Report of the Indian Hemp Drugs Commission, 1894-1895 - Volume V
Year: 1894
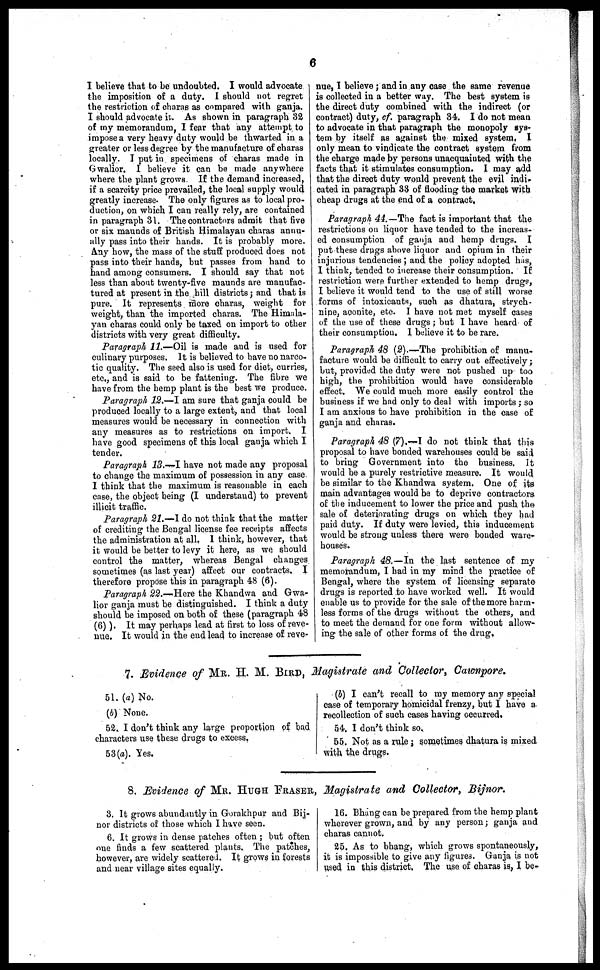
6
I believe that to be undoubted. I would advocate
the imposition of a duty. I should not regret
the restriction of charas as compared with ganja.
I should advocate it. As shown in paragraph 32
of my memorandum, I fear that any attempt to
impose a very heavy duty would be thwarted in a
greater or less degree by the manufacture of charas
locally. J put in specimens of charas made in
Gwalior. I believe it can be made anywhere
where the plant grows. If the demand increased,
if a scarcity price prevailed, the local supply would
greatly increase. The only figures as to local pro-
duction, on which I can really rely, are contained
in paragraph 31. The contractors admit that five
or six maunds of British Himalayan charas annu-
ally pass into their hands. It is probably more.
Any how, the mass of the stuff produced does not
pass into their hands, but passes from hand to
hand among consumers. I should say that not
less than about twenty-five maunds are manufac-
tured at present in the hill districts; and that is
pure. It represents more charas, weight for
weight, than the imported charas. The Himala-
yan charas could only be taxed on import to other
districts with very great difficulty.
Paragraph 11.—Oil is made and is used for
culinary purposes. It is believed to have no narco-
tic quality. The seed also is used for diet, curries,
etc., and is said to be fattening. The fibre we
have from the hemp plant is the best we produce.
Paragraph 12.—I am sure that ganja could be
produced locally to a large extent, and that local
measures would be necessary in connection with
any measures as to restrictions on import. I
have good specimens of this local ganja which I
tender.
Paragraph 13.—I have not made any proposal
to change the maximum of possession in any case.
I think that the maximum is reasonable in each
case, the object being (I understand) to prevent
illicit traffic.
Paragraph 21.—I do not think that the matter
of crediting the Bengal license fee receipts affects
the administration at all. I think, however, that
it would be better to levy it here, as we should
control the matter, whereas Bengal changes
sometimes (as last year) affect our contracts. I
therefore propose this in paragraph 48 (6).
Paragraph 22.-Here the Khandwa and Gwa-
lior ganja must be distinguished. I think a duty
should be imposed on both of these (paragraph 48
(6)). It may perhaps lead at first to loss of reve-
nue. It would in the end lead to increase of reve-
nue, I believe; and in any case the same revenue
is collected in a better way. The best system is
the direct duty combined with the indirect (or
contract) duty, cf. paragraph 34. I do not mean
to advocate in that paragraph the monopoly sys-
tem by itself as against the mixed system. I
only mean to vindicate the contract system from
the charge made by persons unacquainted with the
facts that it stimulates consumption. I may add
that the direct duty would prevent the evil indi-
cated in paragraph 33 of flooding the market with
cheap drugs at the end of a contract,
Paragraph 44.—The fact is important that the
restrictions on liquor have tended to the increas-
ed consumption of ganja and hemp drugs. I
put these drugs above liquor and opium in their
injurious tendencies; and the policy adopted has,
I think, tended to increase their consumption. If
restriction were further extended to hemp drugs,
I believe it would tend to the use of still worse
forms of intoxicants, such as dhatura, strych-
nine, aconite, etc. I have not met myself cases
of the use of these drugs; but I have heard of
their consumption, I believe it to be rare.
Paragraph 48 (2).—The prohibition of manu-
facture would be difficult to carry out effectively;
but, provided the duty were not pushed up too
high, the prohibition would have considerable
effect. We could much more easily control the
business if we had only to deal with imports; so
I am anxious to have prohibition in the case of
ganja and charas.
Paragraph 48 (7).—I do not think that this
proposal to have bonded warehouses could be said
to bring Government into the business. It
would be a purely restrictive measure. It would
be similar to the Khandwa system. One of its
main advantages would be to deprive contractors
of the inducement to lower the price and push the
sale of deteriorating drugs on which they had
paid duty. If duty were levied, this inducement
would be strong unless there were bonded ware-
houses.
Paragraph 48.—In the last sentence of my
memorandum, I had in my mind the practice of
Bengal, where the system of licensing separato
drugs is reported to have worked well. It would
enable us to provide for the sale of the more harm-
less forms of the drugs without the others, and
to meet the demand for one form without allow-
ing the sale of other forms of the drug.
7. Evidence of MR. H. M. BIRD, Magistrate and Collector, Cawnpore.
51. (a) No.
(b) None.
52. I don't think any large proportion of bad
characters use these drugs to excess,
53(a). Yes.
(b) I can't recall to my memory any special
case of temporary homicidal frenzy, but I have a
recollection of such cases having occurred.
54. I don't think so.
55. Not as a rule; sometimes dhatura is mixed
with the drugs.
8. Evidence of MR. HUGH FRASER, Magistrate and Collector, Bijnor.
3. It grows abundantly in Gorakhpur and Bij-
nor districts of those which I have seen.
6. It grows in dense patches often; but often
one finds a few scattered plants. The patches,
however, are widely scattered. It grows in forests
and near village sites equally.
16. Bhang can be prepared from the hemp plant
wherever grown, and by any person; ganja and
charas cannot.
25. As to bhang, which grows spontaneously,
it is impossible to give any figures. Ganja is not
used in this district. The use of charas is, I be-